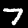
Digit: 7